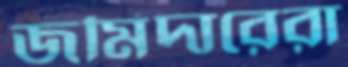
জমিদারেরা